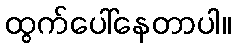
ထွက်ပေါ်နေတာပါ။